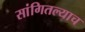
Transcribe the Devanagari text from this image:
सांगितल्याच